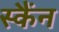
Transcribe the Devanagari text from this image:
स्कैंन